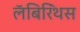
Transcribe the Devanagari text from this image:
लॅबिरिंथस